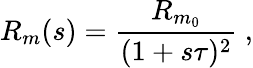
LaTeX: R_{m}(s)=\frac{R_{m_{0}}}{(1+s\tau)^{2}}~,